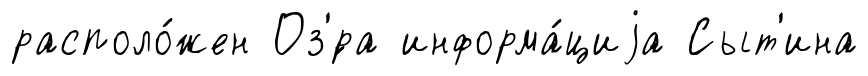
располо́жен Оз'́ра информа́циjа Сыт'ина